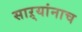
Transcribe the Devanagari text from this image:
साऱ्यांनाच